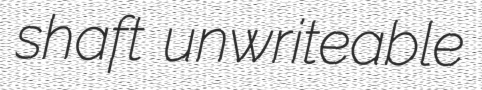
shaft unwriteable